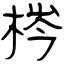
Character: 梣